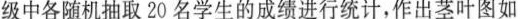
级中各随机抽取20名学生的成绩进行统计，作出茎叶图如